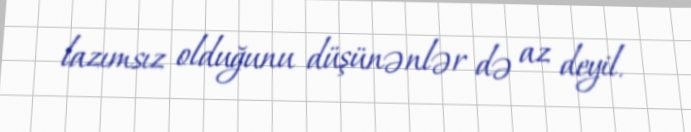
lazımsız olduğunu düşünənlər də az deyil.